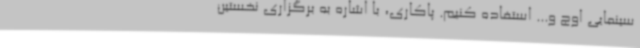
سینمایی اوج و... استفاده کنیم. پاکاری، با اشاره به برگزاری نخستین